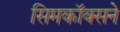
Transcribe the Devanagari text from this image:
सिमकॉक्सने